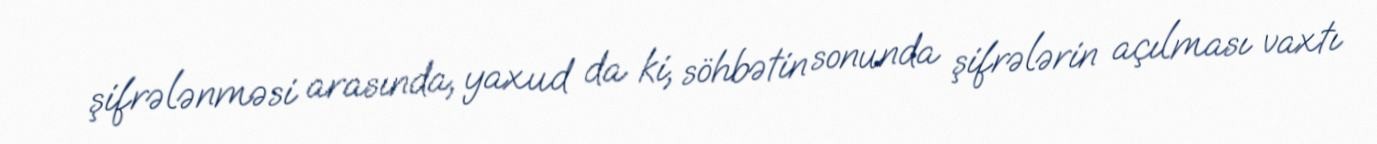
şifrələnməsi arasında, yaxud da ki, söhbətin sonunda şifrələrin açılması vaxtı